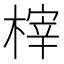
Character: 榟